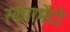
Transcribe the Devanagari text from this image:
स्कारमेंटो